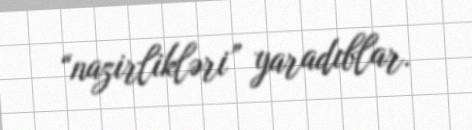
“nazirlikləri” yaradıblar.